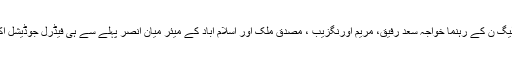
سماعت سے قبل مسلم لیگ ن کے رہنما خواجہ سعد رفیق، مریم اورنگزیب ، مصدق ملک اور اسلام آباد کے میئر میان انصر پہلے سے ہی فیڈرل جوڈیشل اکیڈمی پہنچ چکے تھے۔